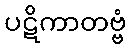
ပဋိကာတဗ္ဗံ